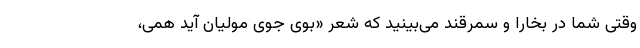
وقتی شما در بخارا و سمرقند می‌بینید که شعر «بوی جوی مولیان آید همی،